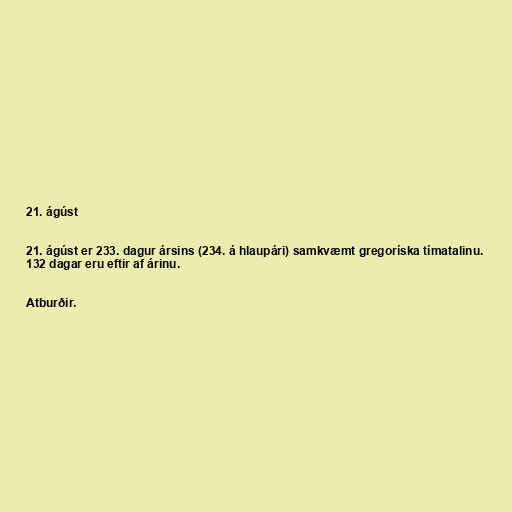
21. ágúst

21. ágúst er 233. dagur ársins (234. á hlaupári) samkvæmt gregoríska tímatalinu.
132 dagar eru eftir af árinu.

Atburðir.